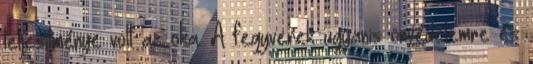
teljesítménye volt az oka. A fegyverek ugyanis önvédelemre és